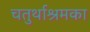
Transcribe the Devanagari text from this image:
चतुर्थाश्रमका